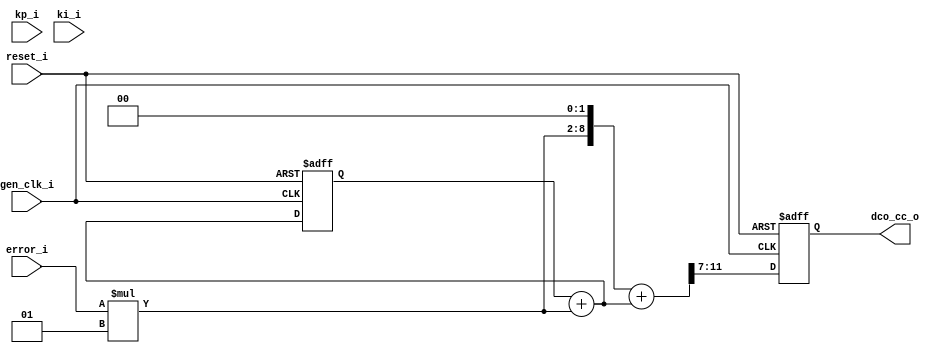
`timescale 1ns / 1ps
/*****************************************************************************/
/* Author   : Conor Dooley                                                   */
/* Date     : 29-March-2019                                                  */
/* Function : Variable gain PI controller for use in ADPLLs                  */
/*****************************************************************************/
module LoopFilter #(
        parameter DYNAMIC_VAL = 0,  //whether or not to set gains at runtime
        parameter ERROR_WIDTH = 5,  //width of the error signal
        parameter DCO_CC_WIDTH = 5, //width of the filter output
        parameter KP_WIDTH = 5,
        parameter KP = 5'd1,        //compile time default kp
        parameter KI_WIDTH = 7,
        parameter KI = 7'd1         //compile time default ki
    )
    (
        input  wire gen_clk_i,
        input  wire reset_i, //reset high
        input  wire [KP_WIDTH-1:0] kp_i,
        input  wire [KI_WIDTH-1:0] ki_i,
        input  wire signed [ERROR_WIDTH-1:0] error_i,
        output wire signed [DCO_CC_WIDTH-1:0] dco_cc_o
    );
    
    /*************************************************************************/
    /* Define constants and nets                                             */
    /*************************************************************************/

    localparam KP_MULT_RES_WIDTH = ERROR_WIDTH+KP_WIDTH;
    localparam KI_MULT_RES_WIDTH = ERROR_WIDTH+KI_WIDTH;
    localparam KI_ACCUM_OVERHEAD = 0; //integration accumulator extra width
    localparam SUM_WIDTH         = KI_MULT_RES_WIDTH;

    //gains
    reg  signed [KP_WIDTH-1:0] kp_x;
    reg  signed [KI_WIDTH-1:0] ki_x;
    
    //input delay register
    reg  signed [ERROR_WIDTH-1:0] error_delay_r;

    //kp path nets
    wire signed [KP_MULT_RES_WIDTH-1:0] kp_error_c;
    wire signed [KI_MULT_RES_WIDTH-1:0] kp_error_padded_c;

    //ki path nets
    wire signed [KI_ACCUM_OVERHEAD+KI_MULT_RES_WIDTH-1:0] ki_error_c;
    wire signed [KI_ACCUM_OVERHEAD+KI_MULT_RES_WIDTH-1:0] ki_error_inte_c;
    reg  signed [KI_ACCUM_OVERHEAD+KI_MULT_RES_WIDTH-1:0] ki_error_inte_delay_r;
    wire signed [KI_MULT_RES_WIDTH-1:0] ki_error_resize_c;
    
    //path combining nets
    wire signed [SUM_WIDTH-1:0] error_sum_c;
    wire signed [DCO_CC_WIDTH-1:0] error_sum_trun_c;
    reg  signed [DCO_CC_WIDTH-1:0] error_sum_trun_delay_r;

    /*************************************************************************/
    /* Select from dynamic or compile time set gains                         */
    /*************************************************************************/
    
    always @(DYNAMIC_VAL or reset_i or kp_i or ki_i)
    begin
        if (DYNAMIC_VAL)
        begin
            kp_x = kp_i;
            ki_x = ki_i;
        end
        else
        begin
            kp_x = KP;
            ki_x = KI;
        end
    end
    
    /*************************************************************************/
    /* Input & output delays                                                 */
    /*************************************************************************/

    always @ (posedge gen_clk_i or posedge reset_i)
    begin
        if(reset_i) error_sum_trun_delay_r <= {(DCO_CC_WIDTH){1'b0}};
        else error_sum_trun_delay_r <= error_sum_trun_c;
    end

    always @ (posedge gen_clk_i or posedge reset_i)
    begin
        if(reset_i) error_delay_r <= {(ERROR_WIDTH){1'b0}};
        else error_delay_r <= error_i;
    end

    /*************************************************************************/
    /* Kp path                                                               */
    /*************************************************************************/
    
    //multiply by kp
    assign kp_error_c = error_i*kp_x;

    /*************************************************************************/
    /* Ki path                                                               */
    /*************************************************************************/
    
    //multiply by ki
    assign ki_error_c = error_i*ki_x;
    
    //add to value in accumulator to perform integration
    assign ki_error_inte_c = ki_error_inte_delay_r+ki_error_c;
    assign ki_error_resize_c = $signed(ki_error_inte_c[KI_ACCUM_OVERHEAD+KI_MULT_RES_WIDTH-1:KI_ACCUM_OVERHEAD]);
    
    //accumulator register
    always @ (posedge gen_clk_i or posedge reset_i)
    begin
        if(reset_i) ki_error_inte_delay_r <= {(KI_ACCUM_OVERHEAD+KI_MULT_RES_WIDTH-1){1'b0}};
        else ki_error_inte_delay_r <= ki_error_inte_c;
    end

    /*************************************************************************/
    /* Combine paths                                                         */
    /*************************************************************************/
    
    //pad kp to match ki width then add
    assign kp_error_padded_c = $signed({kp_error_c, {(KI_WIDTH-KP_WIDTH){1'b0}} }) ;
    assign error_sum_c = kp_error_padded_c + ki_error_resize_c;

    //divide combination result to fit in output value then assign
    assign error_sum_trun_c = error_sum_c[SUM_WIDTH-1:SUM_WIDTH-DCO_CC_WIDTH];
    assign dco_cc_o = error_sum_trun_delay_r;

endmodule //LoopFilter